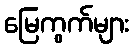
မြေကွက်များ